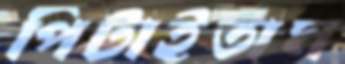
পিটাইতাম